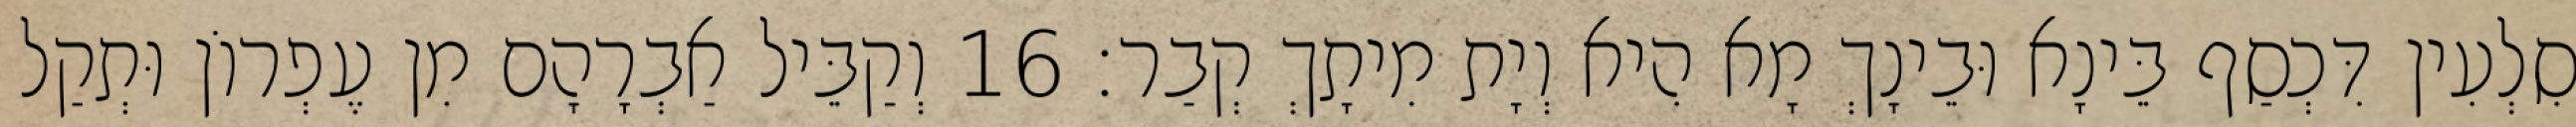
סִלְעִין דִּכְסַף בֵּינָא וּבֵינָךְ מָא הִיא וְיָת מִיתָךְ קְבַר׃ 16 וְקַבֵּיל אַבְרָהָם מִן עֶפְרוֹן וּתְקַל